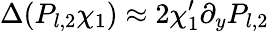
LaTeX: \Delta(P_{l,2}\chi_{1})\approx 2\chi_{1}^{\prime}\partial_{y}P_{l,2}